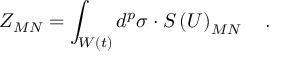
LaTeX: Z _ { M N } = \int _ { W \left( t \right) } d ^ { p } \sigma \cdot S \left( U \right) _ { M N } \quad .